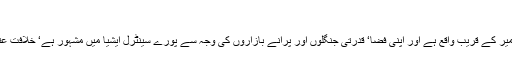
جاوید چوہدری - اردو صفحہ - UrduSafha
مانیسا (Manisa) ترکی کا ایک خوب صورت پرانا ٹاؤن ہے‘یہ ازمیر کے قریب واقع ہے اور اپنی فضا‘ قدرتی جنگلوں اور پرانے بازاروں کی وجہ سے پورے سینٹرل ایشیا میں مشہور ہے‘ خلافت عثمانیہ کے دور میں ترک اسے شہزاد گان کا شہر کہتے تھے‘ کیوں؟